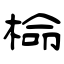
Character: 椧